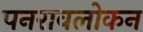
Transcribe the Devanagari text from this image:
पनरावलोकन